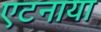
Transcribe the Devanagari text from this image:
एटनाया